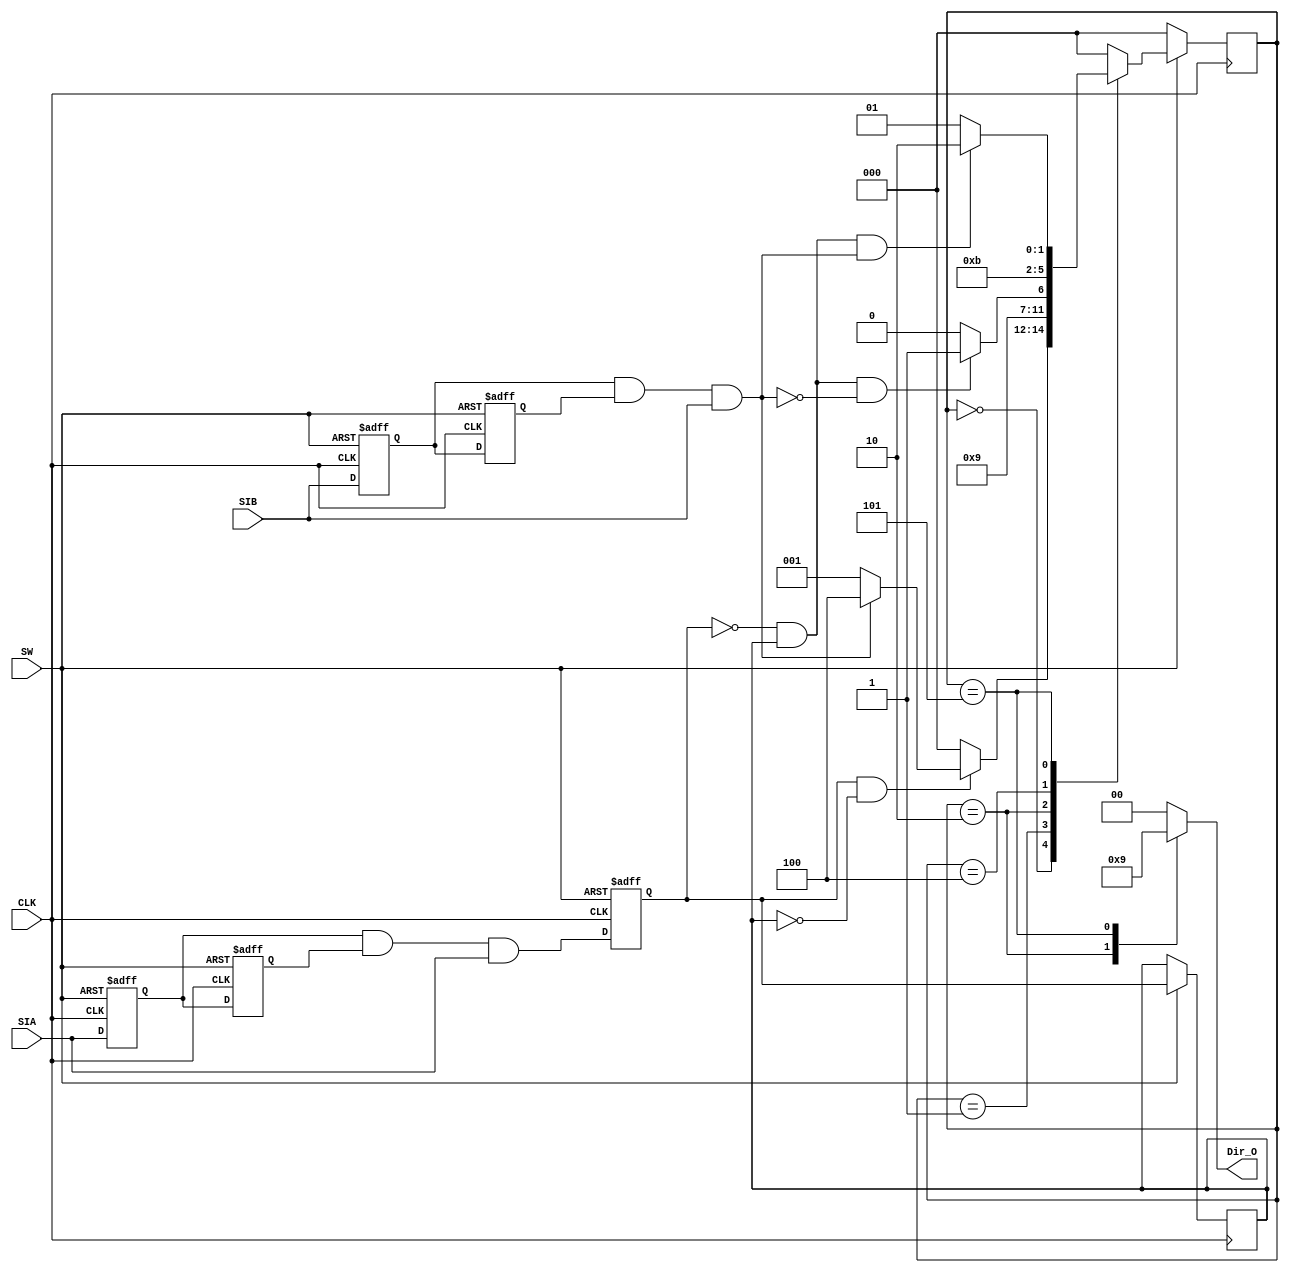
module Rotation
(
    CLK,
    SIA,
    SIB,
    SW,
    Dir_O
);

    input CLK;
    input SIA;
    input SIB;
    input SW;
    output [1:0]Dir_O;

    reg [1:0]dir=0;
    
    reg sia1=1;
    reg sia2=1;
    wire sia_debounce=sia1 && sia2 && SIA;
    always@(posedge CLK or negedge SW) begin
      if(SW==0) begin
        sia1<=1;
        sia2<=1;
      end
      else begin
        sia1<=SIA;
        sia2<=sia1;  
      end
    end

    reg sib1=1;
    reg sib2=1;
    wire sib_debounce=sib1 && sib2 && SIB;
    always@(posedge CLK or negedge SW) begin
      if(SW==0) begin
        sib1<=1;
        sib2<=1;
      end
      else begin
        sib1<=SIB;
        sib2<=sib1;  
      end
    end
    
    reg sia3=1;
    reg sia4=1;
    wire sia_raise=sia3 && ~sia4;
    wire sia_fall=~sia3 && sia4;
    always@(posedge CLK or negedge SW) begin
      if(SW==0) begin
        sia3<=1;
        sia3<=1;
      end
      else begin
        sia3<=sia_debounce;
        sia4<=sia3;  
      end
    end


    parameter IDLE = 3'd0;
    parameter LEFT_START = 3'd1;
    parameter LEFT = 3'd2;
    parameter LEFT_OVER = 3'd3;
    parameter RIGHT_START = 3'd4;
    parameter RIGHT = 3'd5;
    parameter RIGHT_OVER = 3'd6;
    reg [2:0]current_state=IDLE;
    reg [2:0]next_state;

    always@(posedge CLK) begin
      if(SW==0)begin
        current_state<=IDLE;
      end
      else begin
        current_state<=next_state;
      end
    end

    always@(*)begin
      case (current_state)
        IDLE:begin
          if(sia_raise)begin
            if(sib_debounce==1'b1)begin
              next_state<=RIGHT_START;
            end
            else begin
              next_state<=LEFT_START;
            end
          end
          else begin
            next_state=IDLE;
          end
        end
        LEFT_START:begin
          next_state<=LEFT;
        end 
        LEFT:begin
          if(sia_fall && sib_debounce==1'b0)begin
            next_state=LEFT_OVER;
          end
          else begin
            next_state=LEFT;
          end
        end
        LEFT_OVER:begin
          next_state=IDLE;
        end
        RIGHT_START:begin
          next_state<=RIGHT;
        end 
        RIGHT:begin
          if(sia_fall && sib_debounce==1'b1)begin
            next_state=RIGHT_OVER;
          end
          else begin
            next_state=RIGHT;
          end
        end
        RIGHT_OVER:begin
          next_state=IDLE;
        end
        default:begin
          next_state=IDLE;
        end
      endcase
    end

    always@(*)begin
      case (current_state)
        IDLE:begin
          dir<=2'b00;
        end
        LEFT_START:begin
          dir<=2'b00;
        end 
        LEFT:begin
          dir<=2'b10;
        end
        LEFT_OVER:begin
          dir<=2'b00;
        end
        RIGHT_START:begin
          dir<=2'b00;
        end 
        RIGHT:begin
          dir<=2'b01;
        end
        RIGHT_OVER:begin
          dir<=2'b00;
        end
        default:begin
          dir<=2'b00;
        end
      endcase
    end

    assign Dir_O = dir;

endmodule